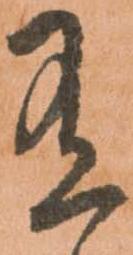
有